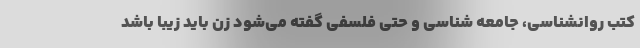
کتب روانشناسی، جامعه شناسی و حتی فلسفی گفته می‌شود زن باید زیبا باشد